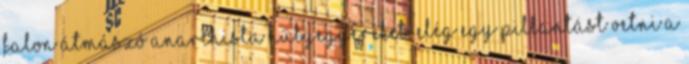
falon átmászó anarchista hülyegyereket. Elég egy pillantást vetni a